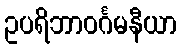
ဥပရိဘာဝင်္ဂမနီယာ